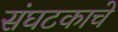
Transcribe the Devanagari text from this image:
संघटकाचे